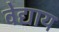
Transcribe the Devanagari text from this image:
वेद्याय